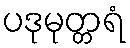
ပဒုမုတ္တရံ